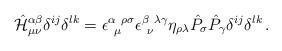
LaTeX: \begin{align*}\hat {\cal H}^{\alpha\beta}_{\mu\nu} \delta^{ij} \delta^{lk} =\epsilon^{\alpha~\rho\sigma}_{~\mu} \epsilon^{\beta~\lambda\gamma}_{~\nu}\eta_{\rho\lambda} \hat P_\sigma \hat P_\gamma \delta^{ij} \delta^{lk} \,.\end{align*}